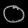
Digit: ၀